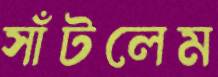
সাঁটলেম